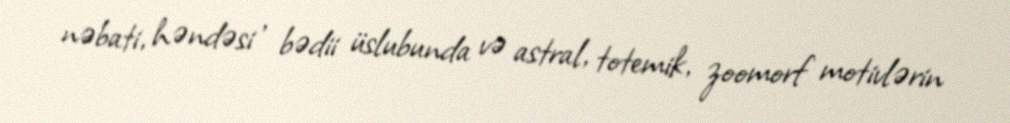
nəbati, həndəsi , bədii üslubunda və astral, totemik, zoomorf motivlərin